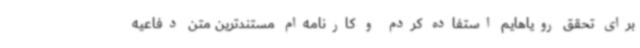
برای تحقق رویاهایم استفاده کردم و کارنامه‌ام مستندترین متن دفاعیه